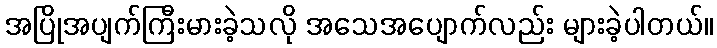
အပြိုအပျက်ကြီးမားခဲ့သလို အသေအပျောက်လည်း များခဲ့ပါတယ်။